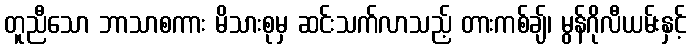
တူညီသော ဘာသာစကား မိသားစုမှ ဆင်းသက်လာသည့် တားကစ်ချ်၊ မွန်ဂိုလီယမ်းနှင့်